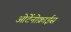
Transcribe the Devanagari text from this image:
ओर्टेनोक्राईस